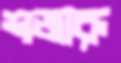
শজারু